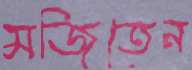
মজিতেন